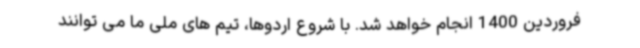
فروردین 1400 انجام خواهد شد. با شروع اردوها، تیم های ملی ما می توانند